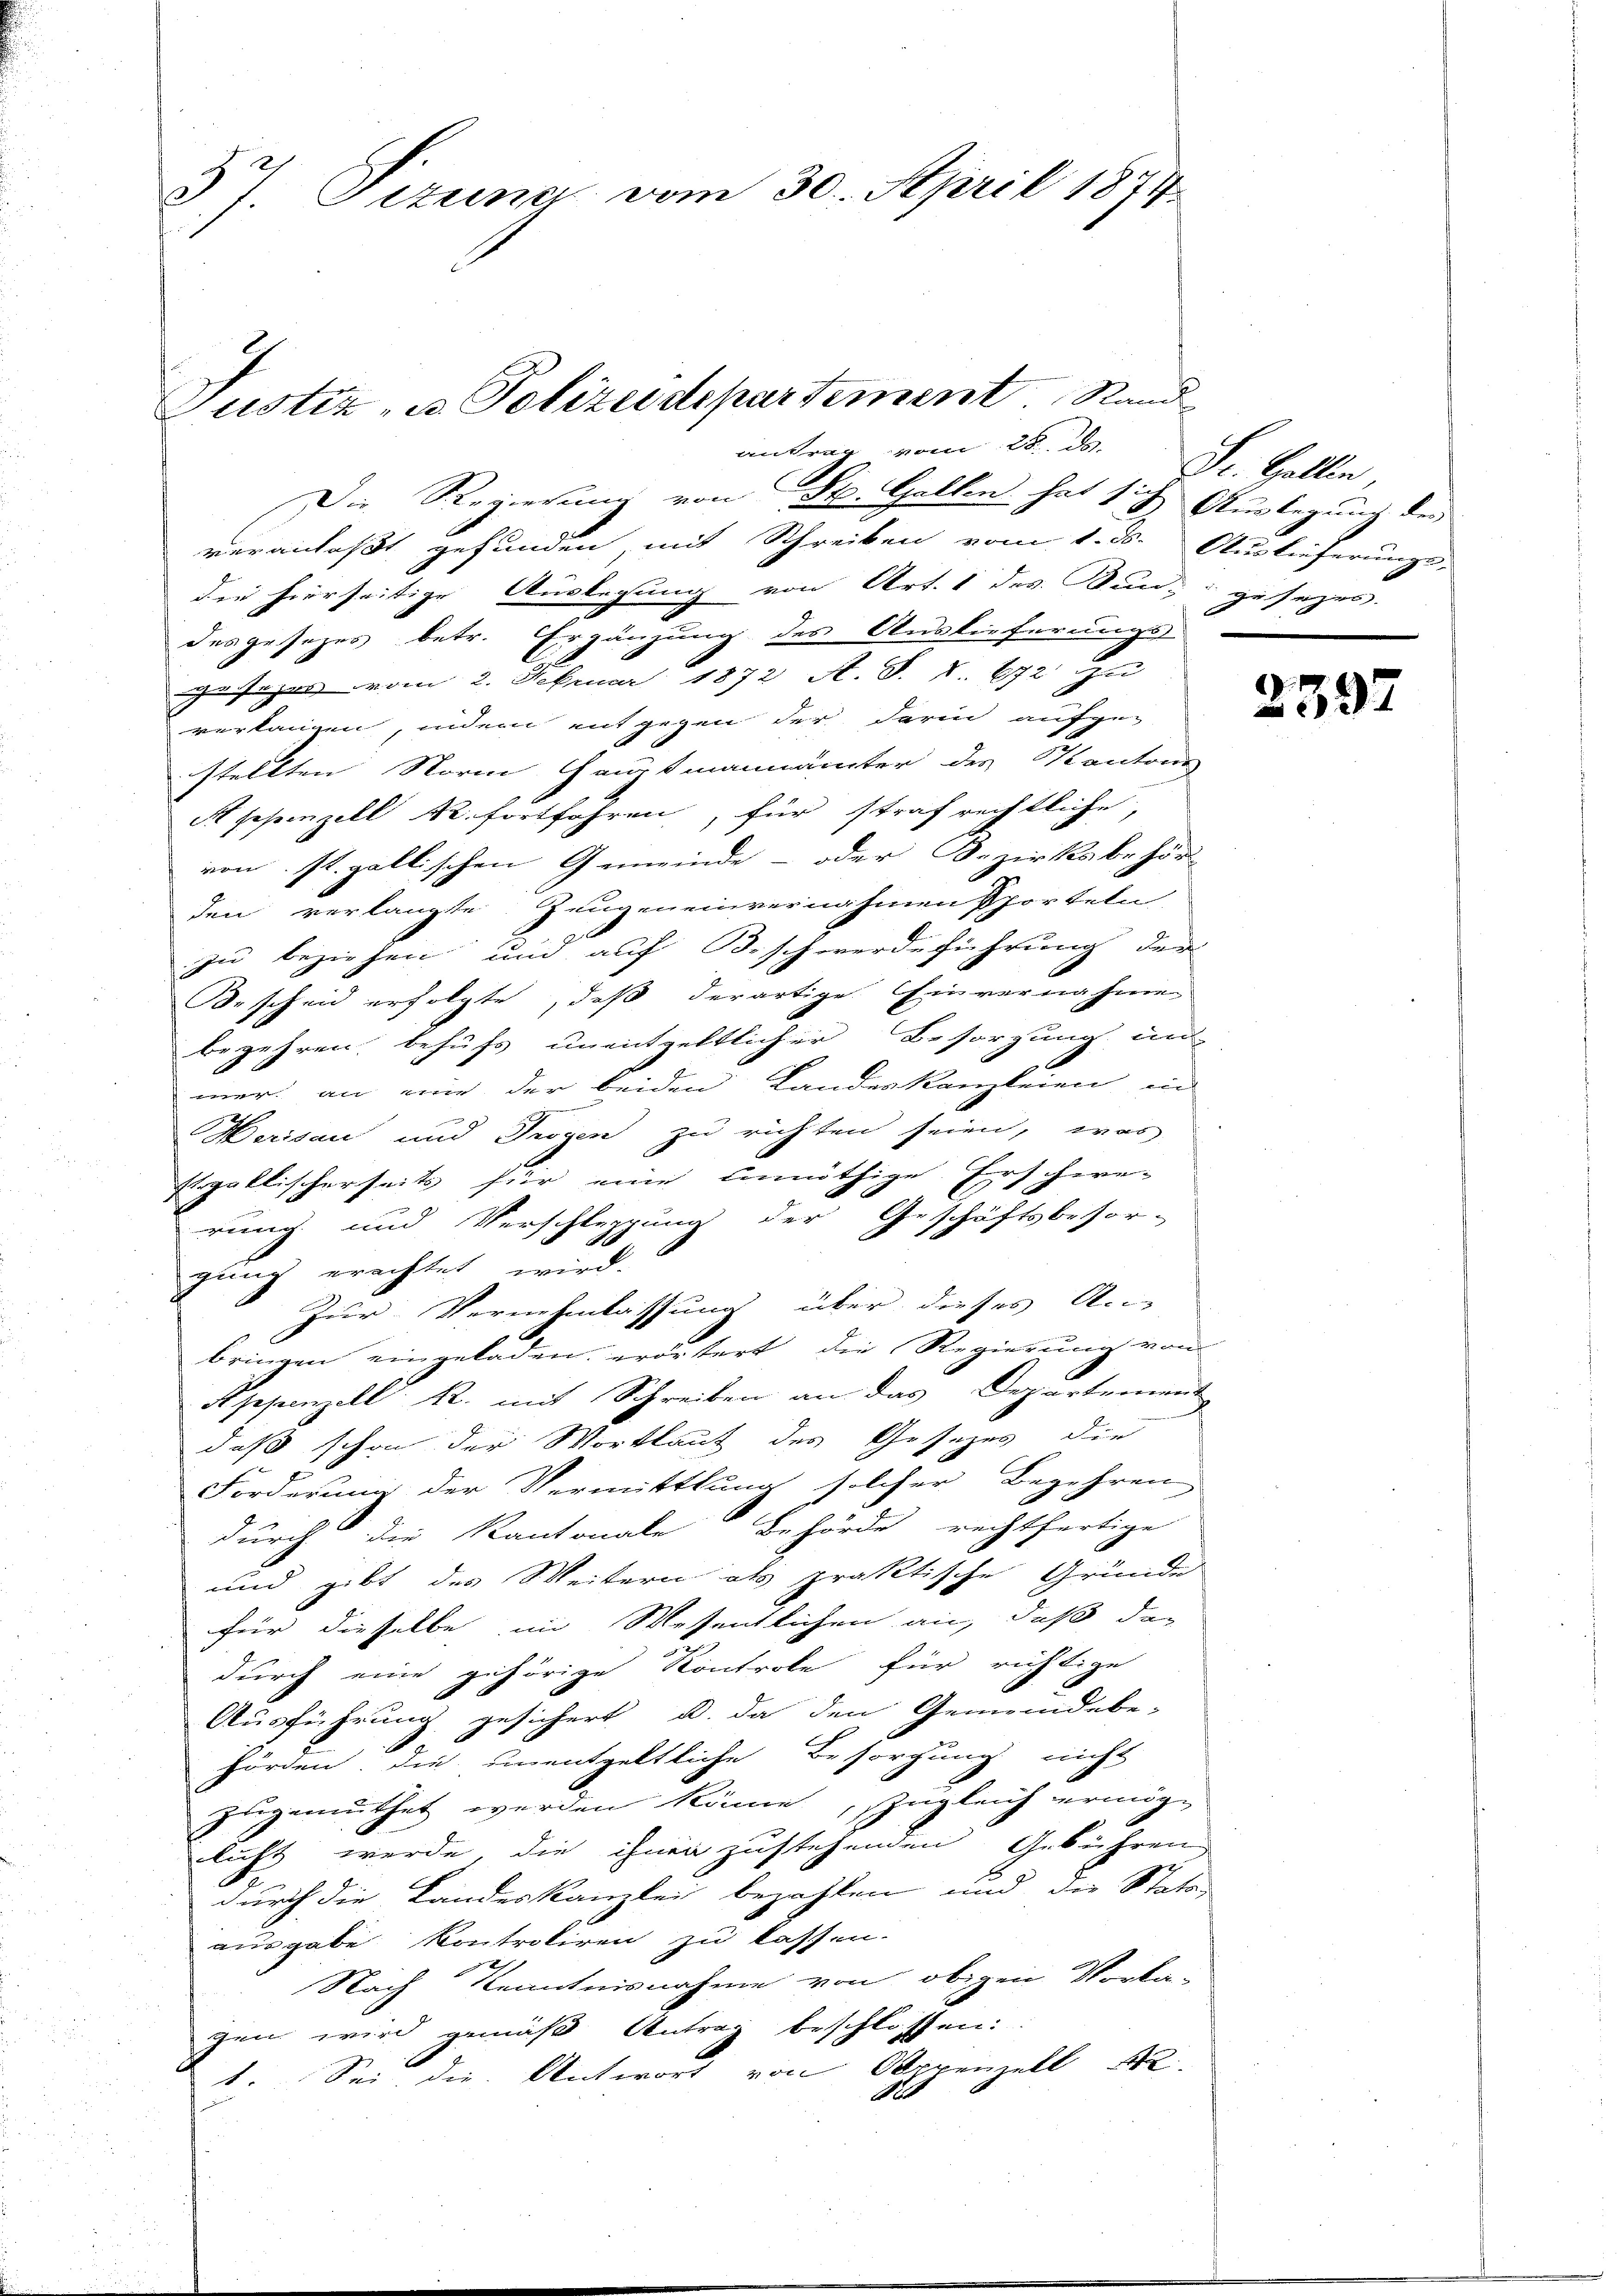
37. Dezung vom 30. April 1874.

Justiz - Polizeidepartement. Rand
antrag vom 28

Die Regierung von St. Gallen hat sich Auslegung des
veranlaßt gefunden mit Schreiben vom 1. ds. Auslieferungs-
die hierseitige Auslegung von Art. 1 des Bun- gesezes.
desgesezes betr. Ergänzung des Auslieferungs-
gesagen vom 2. Februar 1872 A. S. S. 672 zu
verlangen, indem entgegen der darin aufge-
stellten Norm Hauptmannämter des Kantons
eppenzell R. fortfahren, für strafrechtliche,
von st. gallischen Gemeinde- oder Bezirksbehör
den verlangte Zeugen einvernahmen Sporteln
zu beziehen und auf Beschwerdeführung der
Bescheid erfolgte, daß derartige Einvernahme
begehren, behufs unentgeltlicher Besorgung un
mer an mir der beiden Landeskanzleien in
Herisau und Tugen zu richten seien, was
Ergallischerseits für eine unnöthige Erschere-
rung und Verschleppung der Geschäftsbesor-
gung erachtet wird.
Zur Vernehmlassung über dieses An-
bringen eingeladen erörtert, die Regierung von
Appenzell R. mit Schreiben an das Departement
daß schon der Wortlaut des Gesezes die
Forderung der Vermittlung solcher Begehren
durch die Kantonale Behörde rechtfertige
und gibt des Weitern als praktische Gründe
für dieselbe im Wesentlichen an, daß das
durch eine gehörige Kontrole für richtige
Ausführung gesichert u. da den Gemeindebe-
hörden, die unentgeltliche Besorgung nicht
zugemuthet werden könne, zugleich ermöge
luft werde, die ihnen zustehenden Gebühren,
8
durch die Landeskanzlei bezahlen und der Stats-
ausgabe Kontrokiren zu lassen.
Nach Kenntnisnahme von obigen Vorka-
gen wird gemäß Antrag beschlossen:
1. Sei die Antwort von Appenzell
e

Dr. Gallin,
r

2397